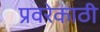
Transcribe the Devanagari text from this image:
प्रवरेकाठी